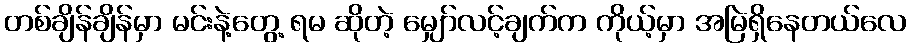
တစ်ချိန်ချိန်မှာ မင်းနဲ့တွေ့ ရမ ဆိုတဲ့ မျှော်လင့်ချက်က ကိုယ့်မှာ အမြဲရှိနေတယ်လေ